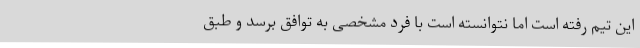
این تیم رفته است اما نتوانسته است با فرد مشخصی به توافق برسد و طبق